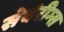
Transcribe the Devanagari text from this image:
सेवेरीग्स